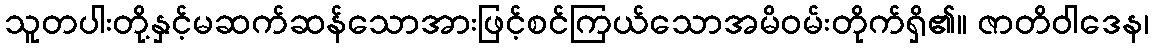
သူတပါးတို့နှင့်မဆက်ဆန်သောအားဖြင့်စင်ကြယ်သောအမိဝမ်းတိုက်ရှိ၏။ ဇာတိဝါဒေန၊